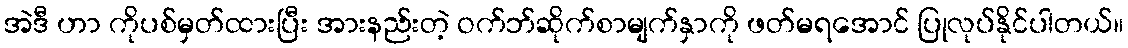
အဲဒီ ဟာ ကိုပစ်မှတ်ထားပြီး အားနည်းတဲ့ ဝက်ဘ်ဆိုက်စာမျက်နှာကို ဖတ်မရအောင် ပြုလုပ်နိုင်ပါတယ်။